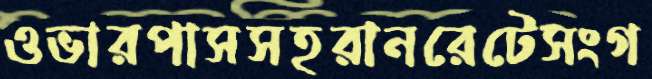
ওভারপাসসহরানরেটেসংগ